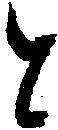
と